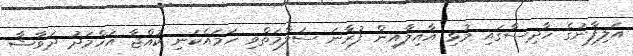
އަލިފާނުގެ ހާދިސާގައި މުޅި އާއިލާއިން ފުރާނަ ސަލާމަތްވި ހަމައެކަނި ކުއްޖާ އަހްމަދު ދަވާޝާ